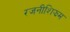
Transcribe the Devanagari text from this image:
रजनीशिझम